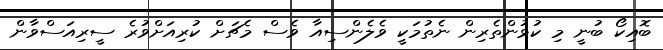
ބޮއިކޯ ބުނީ މި ކުޅުންތެރިން ނެތުމަކީ ވެލެންސިއާ ވެސް މެޗަށް ކުރިއަށްވުރެ ސީރިއަސްވާން